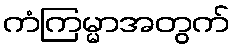
ကံကြမ္မာအတွက်